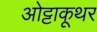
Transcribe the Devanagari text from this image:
ओट्टाकूथर